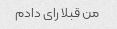
من قبلا رای دادم